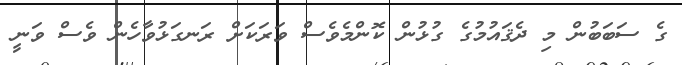
ގެ ސަބަބުން މި ދެޤައުމުގެ ގުޅުން ކޮންމެވެސް ވަރަކަށް ރަނގަޅުވާހެން ވެސް ވަނީ